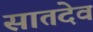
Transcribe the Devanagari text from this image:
सातदेव